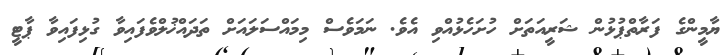
ޔާމީންގެ ފަރާތްޕުޅުން ޝަރީއަތަށް ހުށަހެޅުއްވި އެވެ. ނަމަވެސް މިމައްސަލައަށް ތަދައްޚުލްވެފައިވާ ގުޅިފައިވާ ޕާޓީ